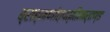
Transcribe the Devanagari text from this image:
ब्राह्मणोत्पत्तिमार्तण्ड